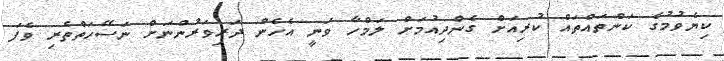
ކިޔެވުމުގެ ކަންތައްތައް ކުރިއަށް ގެންދިއުމަށް ލަމްހާ ވަނީ އެހެން ދަރިވަރުންނަށް ނަސޭހަތްތެރި ވެފަ